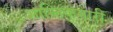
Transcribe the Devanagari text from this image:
शान्तिकुमारी